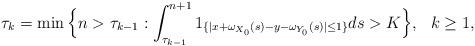
LaTeX: \begin{align*}\begin{aligned}\tau_k=\min\Big\{n> \tau_{k-1}: \int_{\tau_{k-1}}^{n+1} 1_{\{|x+\omega_{X_0}(s)-y-\omega_{Y_0}(s)|\leq 1\}}ds>K\Big\}, \ \ k\geq 1,\end{aligned}\end{align*}